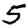
Digit: 5